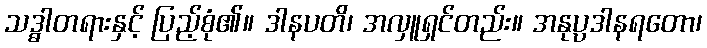
သဒ္ဓါတရားနှင့် ပြည့်စုံ၏။ ဒါနပတိ၊ အလှူရှင်တည်း။ အနုပ္ပဒါနရတော၊